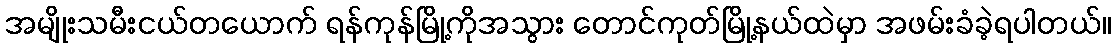
အမျိုးသမီးငယ်တယောက် ရန်ကုန်မြို့ကိုအသွား တောင်ကုတ်မြို့နယ်ထဲမှာ အဖမ်းခံခဲ့ရပါတယ်။